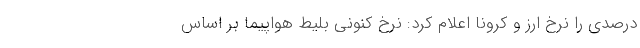
درصدی را نرخ ارز و کرونا اعلام کرد: نرخ کنونی بلیط هواپیما بر اساس